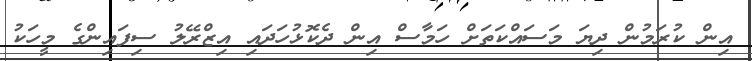
އިން ކުރަމުން ދިޔަ މަސައްކަތަށް ހަމާސް އިން ދެކޮޅުހަދައި އިޒްރޭލު ސިފައިންގެ މީހަކު